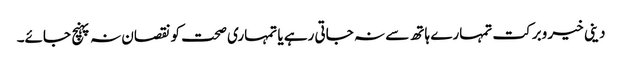
دینی خیر وبرکت تمہارے ہاتھ سے نہ جاتی رہے یا تمہاری صحت کو نقصان نہ پہنچ جائے۔